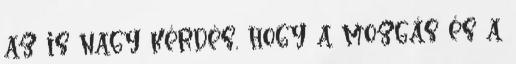
az is nagy kérdés, hogy a mozgás és a